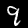
Label: 9